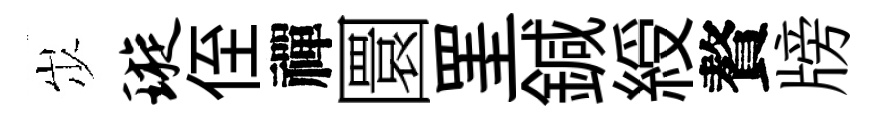
𡵯璇侄禪圜罣鍼綬贅牓